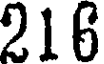
216